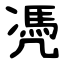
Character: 凴